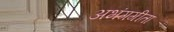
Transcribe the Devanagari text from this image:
अभंगगीता